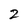
Character: 2